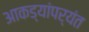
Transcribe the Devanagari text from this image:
आकड्यांपर्यंत